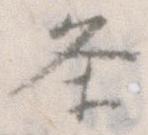
条